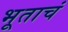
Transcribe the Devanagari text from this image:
भूताचं